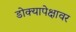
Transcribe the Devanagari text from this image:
डोक्यापेक्षावर